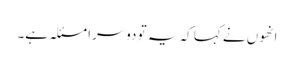
انھوں نے کہا کہ یہ تو دوسرا مسئلہ ہے۔